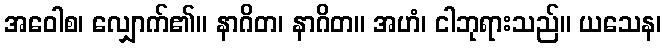
အဝေါစ၊ လျှောက်၏။ နာဂိတ၊ နာဂိတ။ အဟံ၊ ငါဘုရားသည်။ ယသေန၊